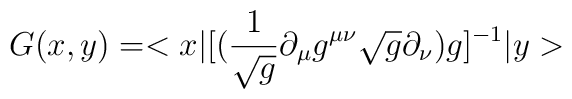
G(x,y) = <x|\big{[}(\frac{1}{\sqrt{g}}\partial_{\mu}g^{\mu\nu} \sqrt{g}\partial_{\nu})g]^{-1}|y>